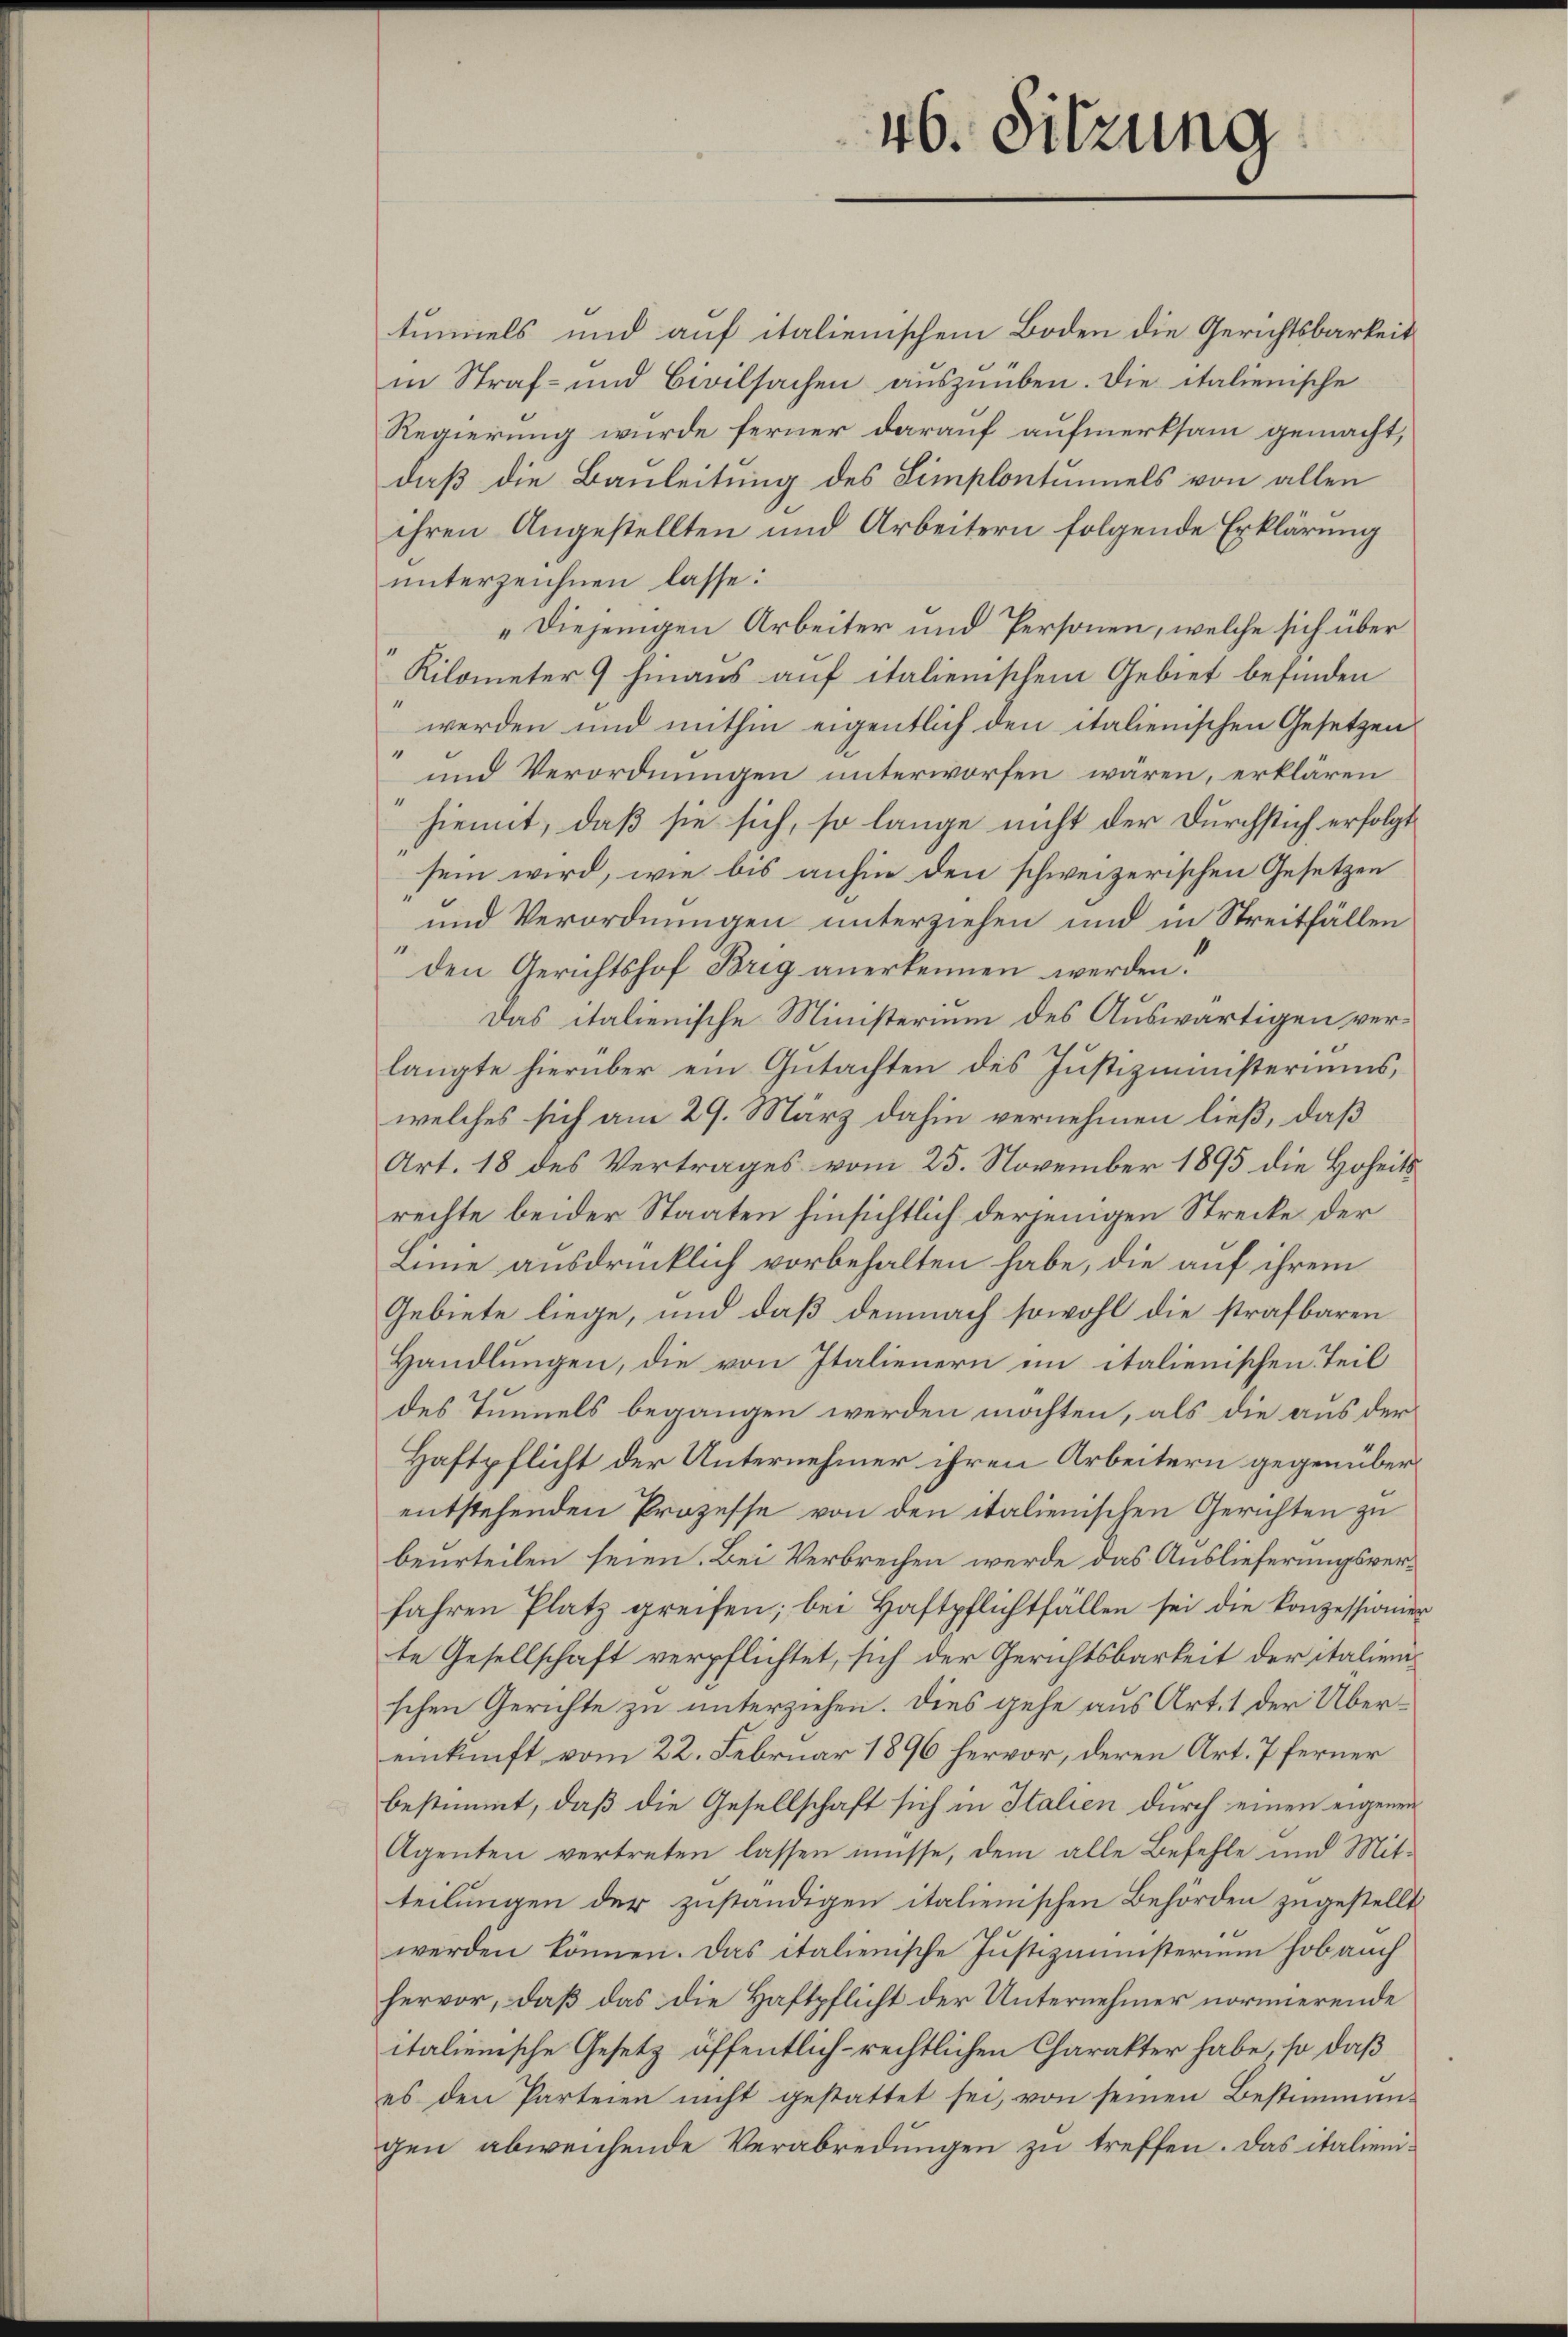
tumiels und auf italienischem Boden die Gerichtsbarkeit
in Straf- und Civilsachen auszuüben. Die italienische
Regierung wurde ferner darauf aufmerksam gemacht,
daß die Bauleitung des Limplontumels von allen
ihren Angestellten und Arbeitern folgende Erklärung
unterzeichnen lasse:
„Diejenigen Arbeiter und Personen, welche sich über
Kilometer 9 hinaus auf italienischem Gebiet befinden
werden und mithin eigentlich den italienischen Gesetzen
und Verordnungen unterworfen wären, erklären
hiemit, daß sie sich, so lange nicht der Durchstich erfolgt
sein wird, wie bis anhin den schweizerischen Gesetzen
und Verordnungen unterziehen und in Streitfällen
den Gerichtshof Brig anerkennen werden.
Das italienische Ministerium des Auswärtigen verlangte hierüber ein Gutachten des Justizministeriums,
welches sich am 29. März dahin vernehmen ließ, daß
Art. 18 des Vertrages vom 25. November 1895 die Hoheitsrechte beider Staaten hinsichtlich derjenigen Strecke der
Linie ausdrücklich vorbehalten habe, die auf ihrem
Gebiete liege, und daß demnach sowohl die strafbaren
Handlungen, die von Italienern im italienischen Teil
des Tunnels begangen werden möchten, als die aus der
Haftpflicht der Unternehmer ihren Arbeitern gegenüberentstehenden Prozesse von den italienischen Gerichten zu
beurteilen seien. Bei Verbrechen werde das Auslieferungsverfahren Platz greifen; bei Haftpflichtfällen sei die Konzessionier
te Gesellschaft verpflichtet, sich der Gerichtsbarkeit der italienschen Gerichte zu unterziehen. Dies gehe aus Art. 1 der Übereinkunft vom 22. Februar 1896 hervor, deren Art. 7 ferner
bestimmt, daß die Gesellschaft sich in Italien durch einen eigenen
Agenten vertreten lassen müsse, dem alle Befehle und Mitteilungen der zuständigen italienischen Behörden zugestellt
werden können. Das italienische Justizministerium hob auch
hervor, daß das die Haftpflicht der Unternehmer normierende
italienische Gesetz öffentlich-rechtlichen Charakter habe, so daß
es den Parteien nicht gestattet sei, von seinen Bestimmungen abweichende Verabredungen zu treffen. Das italieni¬

46. Sitzung